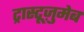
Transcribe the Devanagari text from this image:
ट्रास्टूज़ुमेब